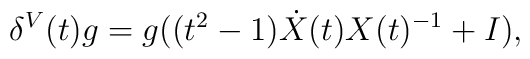
\delta^V (t) g =  g ((t^2 - 1) \dot X(t) X(t)^{-1} + I),